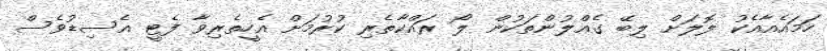
ހަމައެއާއެކު ލޮލަށް ލިބޭ ގެއްލުންތަކުން ލޯ ރައްކާތެރި ކުރުމަށް އެހީތެރިވާ ފެޓީ އެސިޑުވެސް